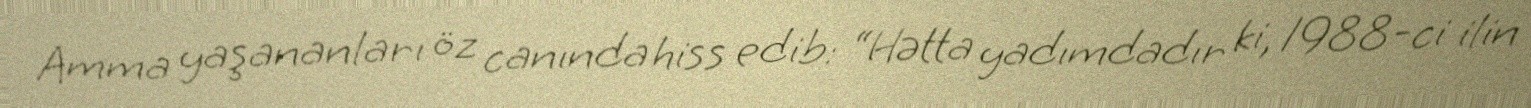
Amma yaşananları öz canında hiss edib: “Hətta yadımdadır ki, 1988-ci ilin